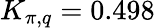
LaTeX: K_{\pi,q}=0.498